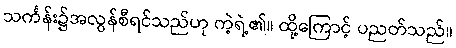
သင်္ကန်း၌အလွန်စီရင်သည်ဟု ကဲ့ရဲ့၏။ ထို့ကြောင့် ပညတ်သည်။